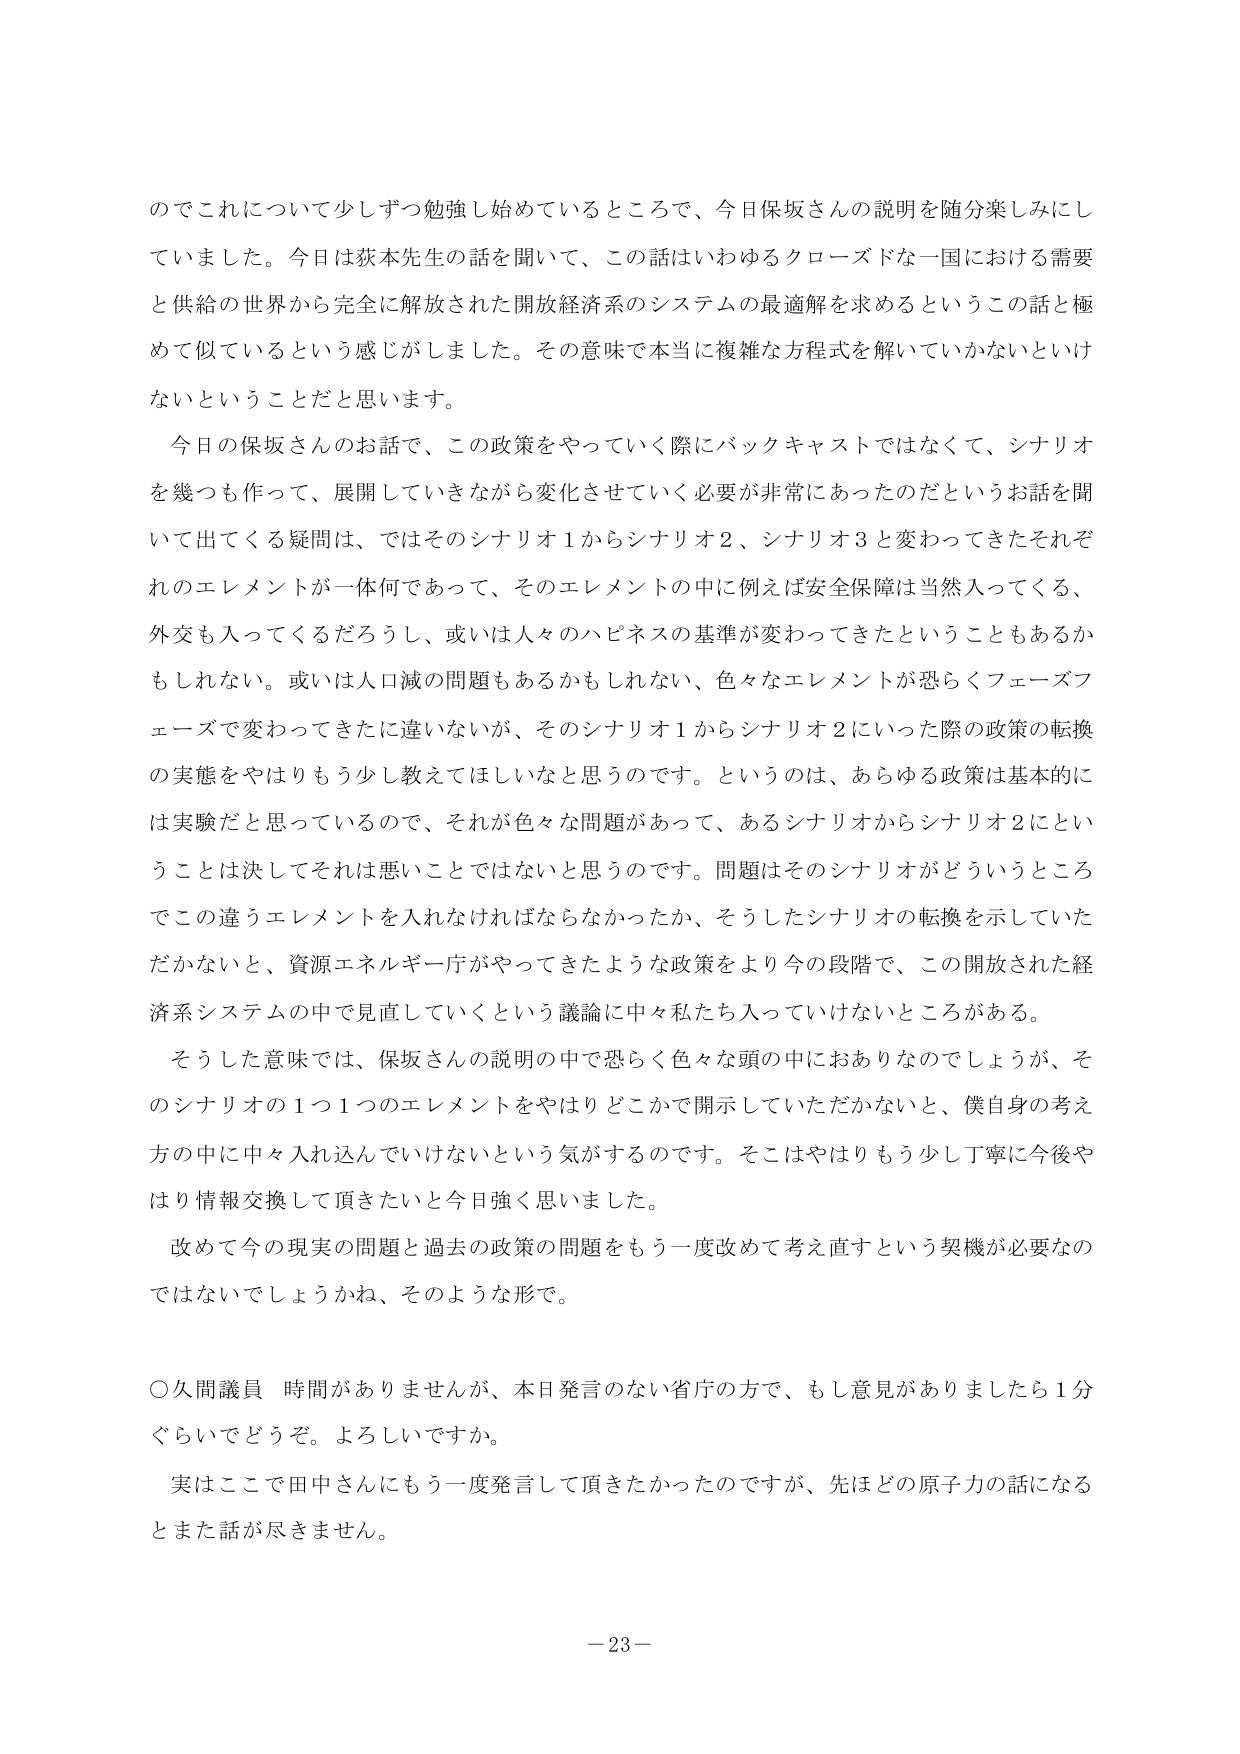
のでこれについて少しずつ勉強し始めているところで、今日保坂さんの説明を随分楽しみにしていました。今日は荻本先生の話を聞いて、この話はいわゆるクローズドな一国における需要と供給の世界から完全に解放された開放経済系のシステムの最適解を求めるというこの話と極めて似ているという感じがしました。その意味で本当に複雑な方程式を解いていかないといけないということだと思います。

今日の保坂さんのお話で、この政策をやっていく際にバックキャストではなくて、シナリオを幾つも作って、展開していきながら変化させていく必要が非常にあったのだというお話を聞いて出てくる疑問は、ではそのシナリオ1からシナリオ2、シナリオ3と変わってきたそれぞれのエレメントが一体何であって、そのエレメントの中に例えば安全保障は当然入ってくる、外交も入ってくるだろうし、或は人々のハピネスの基準が変わってきたということもあるかもしれない。或は人口減の問題もあるかもしれない、色々なエレメントが恐らくフェーズフェーズで変わってきたに違いないが、そのシナリオ1からシナリオ2にいった際の政策の転換の実態をやはりもう少し教えてほしいなと思うのです。というのは、あらゆる政策は基本的には実験だと思っているので、それが色々な問題があって、あるシナリオからシナリオ2にということは決してそれは悪いことではないと思うのです。問題はそのシナリオがどういうところでこの違うエレメントを入れなければならなかったか、そうしたシナリオの転換を示していただかないと、資源エネルギー庁がやってきたような政策をより今の段階で、この開放された経済系システムの中で見直していくという議論に中々私たち入っていけないところがある。

そうした意味では、保坂さんの説明の中で恐らく色々な頭の中におありなのでしょうが、そのシナリオの1つ1つのエレメントをやはりどこかで開示していただかないと、僕自身の考え方の中に中々入れ込んでいけないという気がするのです。そこはやはりもう少し丁寧に今後やはり情報交換して頂きたいと今日強く思いました。

改めて今の現実の問題と過去の政策の問題をもう一度改めて考え直すという契機が必要なのではないでしょうかね、そのような形で。

〇久間議員 時間がありませんが、本日発言のない省庁の方で、もし意見がありましたら1分ぐらいでどうぞ。よろしいですか。

実はここで田中さんにもう一度発言して頂きたかったのですが、先ほどどの原子力の話になるとまた話が尽きません。

－23－